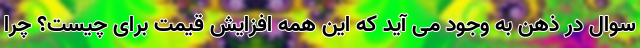
سوال در ذهن به وجود می آید که این همه افزایش قیمت برای چیست؟ چرا